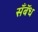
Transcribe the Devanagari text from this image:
सॅँबॅध